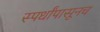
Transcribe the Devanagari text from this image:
स्पर्धांपासूनच